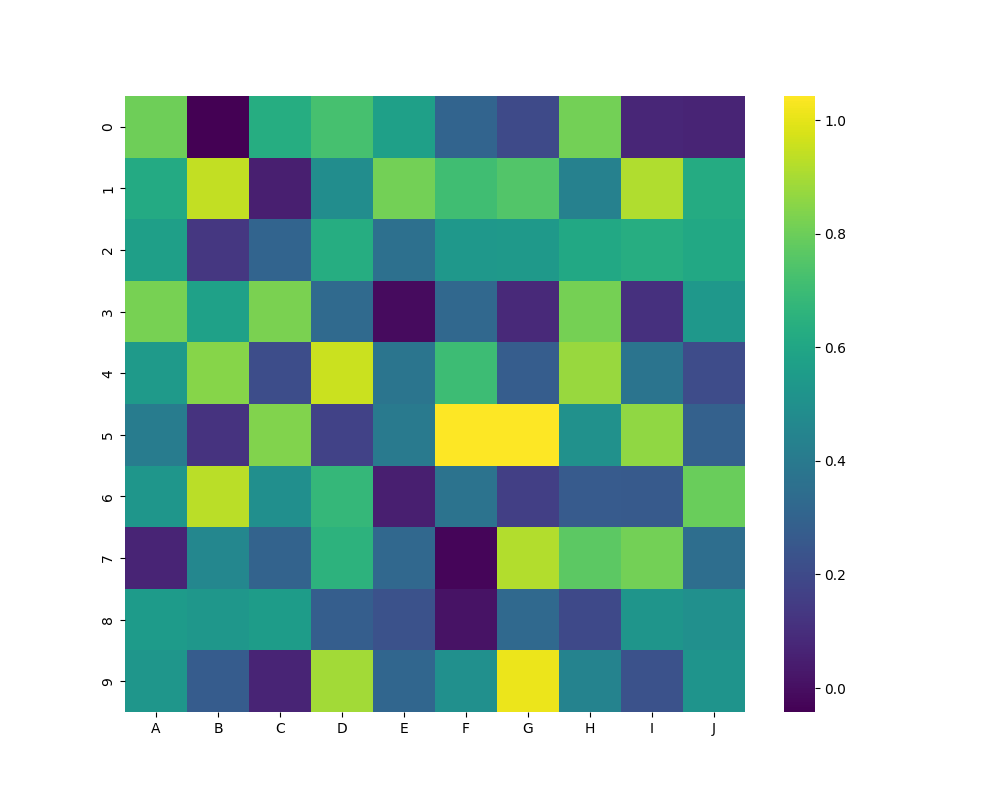
python, seaborn, heatmap, cmap='viridis', linewidths=0.0, center=none